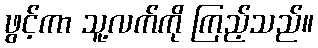
ဖွင့်ကာ သူ့လက်ကို ကြည့်သည်။